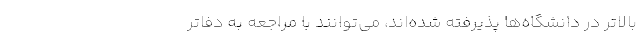
بالاتر در دانشگاه‌ها پذیرفته شده‌اند، می‌توانند با مراجعه به دفاتر